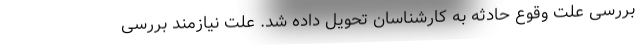
بررسی علت وقوع حادثه به کارشناسان تحویل داده شد. علت نیازمند بررسی